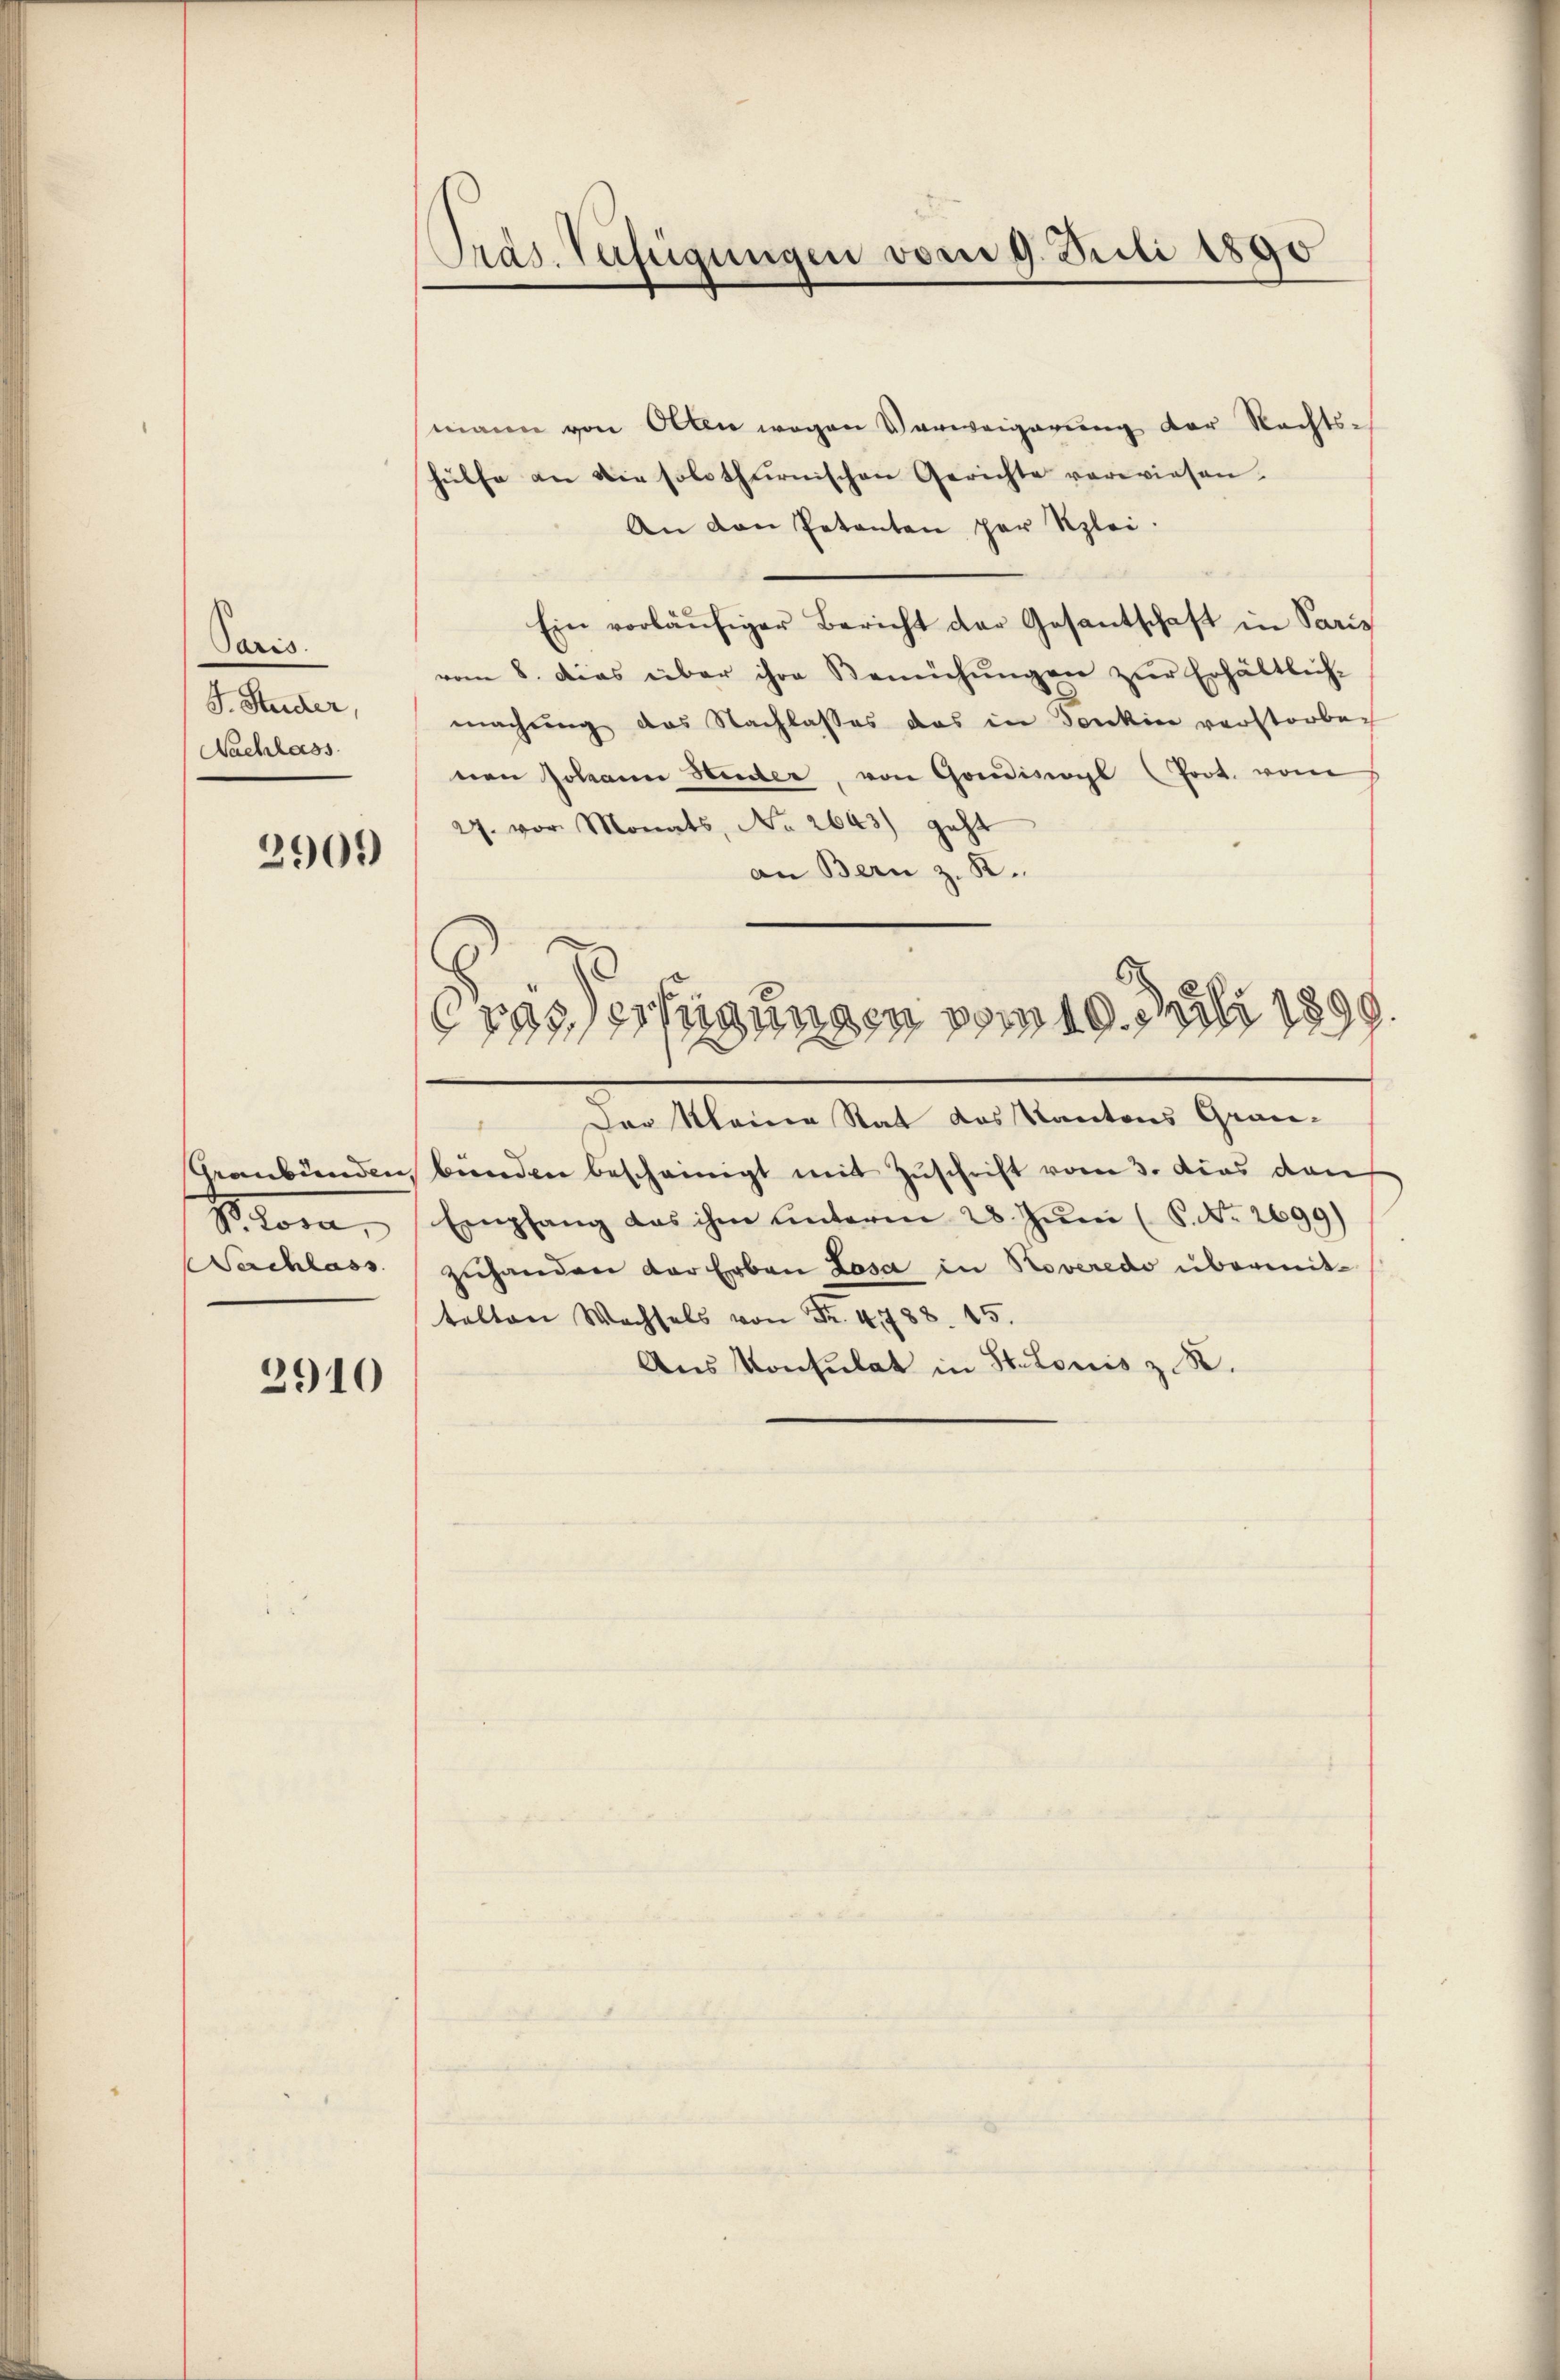
Paris.
J. Studer,
Nachlass

2909)

Graubünden,
Stom,
Sachlass

2910

Präs. Verfügungen vom 9. Juli 1890

mann von Olten wegen Verweigerung der Rechts-
hülfe an die solothurnischen Gerichte verwiesen.
An den Petenten per Szlei.
Ein vorläŭfiger Bericht der Gesantschaft in Paris
vom 8. dies über ihre Bemühŭngen zŭr Erhältlich-
machung des Nachlasses das in denken verstorben
nen Johann Heider, von Gondisagl (Prot. vom
27. vor. Monats, No 2643) geht
an Bern z. K.
E
6
rasserfügungen vom 19. Juli 1899.
Der Meine Rat das Kantons Graubŭnden bescheinigt mit Zŭschrift vom 3. das dan
Empfang das ihm unterm 28. Jŭni (S. No. 2699)
zŭhanden der Erben Losa in Roveredo übermittelten Wachsels von Fr. 4788. 15.
Ans Konsulat in Stetonis z. B.